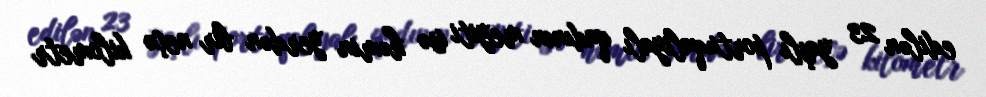
edilən 23 yaşlı portuqaliyalı qadının meyiti isə həmin yerdən bir neçə kilometr